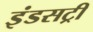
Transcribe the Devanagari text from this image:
इंडसट्री